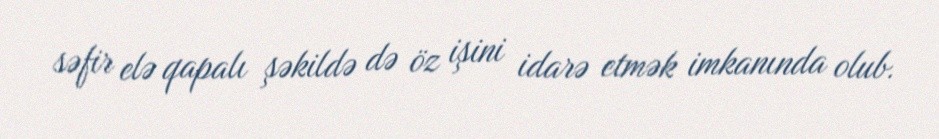
səfir elə qapalı şəkildə də öz işini idarə etmək imkanında olub.